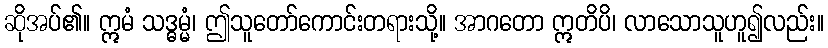
ဆိုအပ်၏။ ဣမံ သဒ္ဓမ္မံ၊ ဤသူတော်ကောင်းတရားသို့။ အာဂတော ဣတိပိ၊ လာသောသူဟူ၍လည်း။